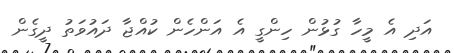
އަދި އެ މީހާ ގުޅުން ހިންގީ އެ އަންހެން ކުއްޖާ ދައުވަތު ދީގެން